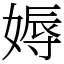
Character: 媷